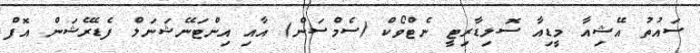
ސައުތު އޭޝިއާ މީޑިއާ ސޮލިޑާރިޓީ ނެޓްވޯކް (ސެމްސަން) އާއި އިންޓަނޭޝަނަލް ފެޑެރޭޝަން އޮފް